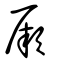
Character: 厥